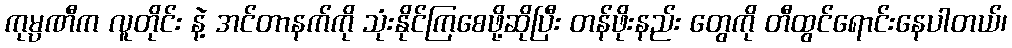
ကုမ္ပဏီက လူတိုင်း နဲ့ အင်တာနက်ကို သုံးနိုင်ကြစေဖို့ဆိုပြီး တန်ဖိုးနည်း တွေကို တီထွင်ရောင်းနေပါတယ်၊